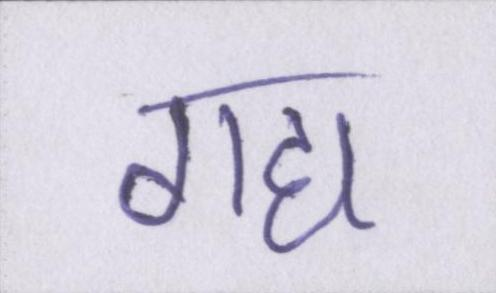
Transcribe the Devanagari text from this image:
गद्य